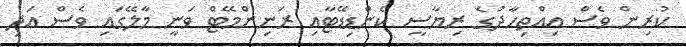
ކުރިން ވެސް އިއްތިހާދުގެ ރިޔާސީ ކެންޑިޑޭޓާއި ރަނިންމޭޓް ވަނީ މާލޭގައި ވެސް އަދި